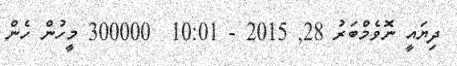
ދިޔައީ ނޮވެމްބަރު 28